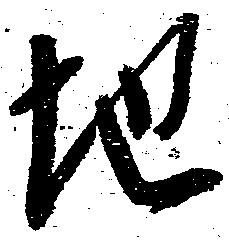
地